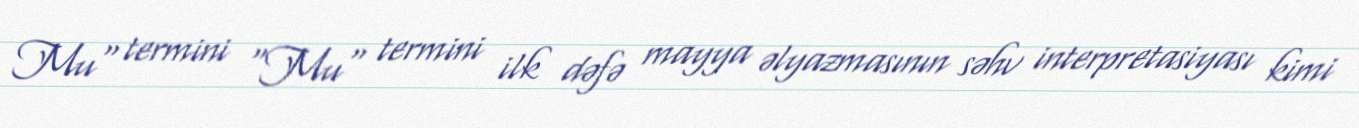
Mu" termini "Mu" termini ilk dəfə mayya əlyazmasının səhv interpretasiyası kimi